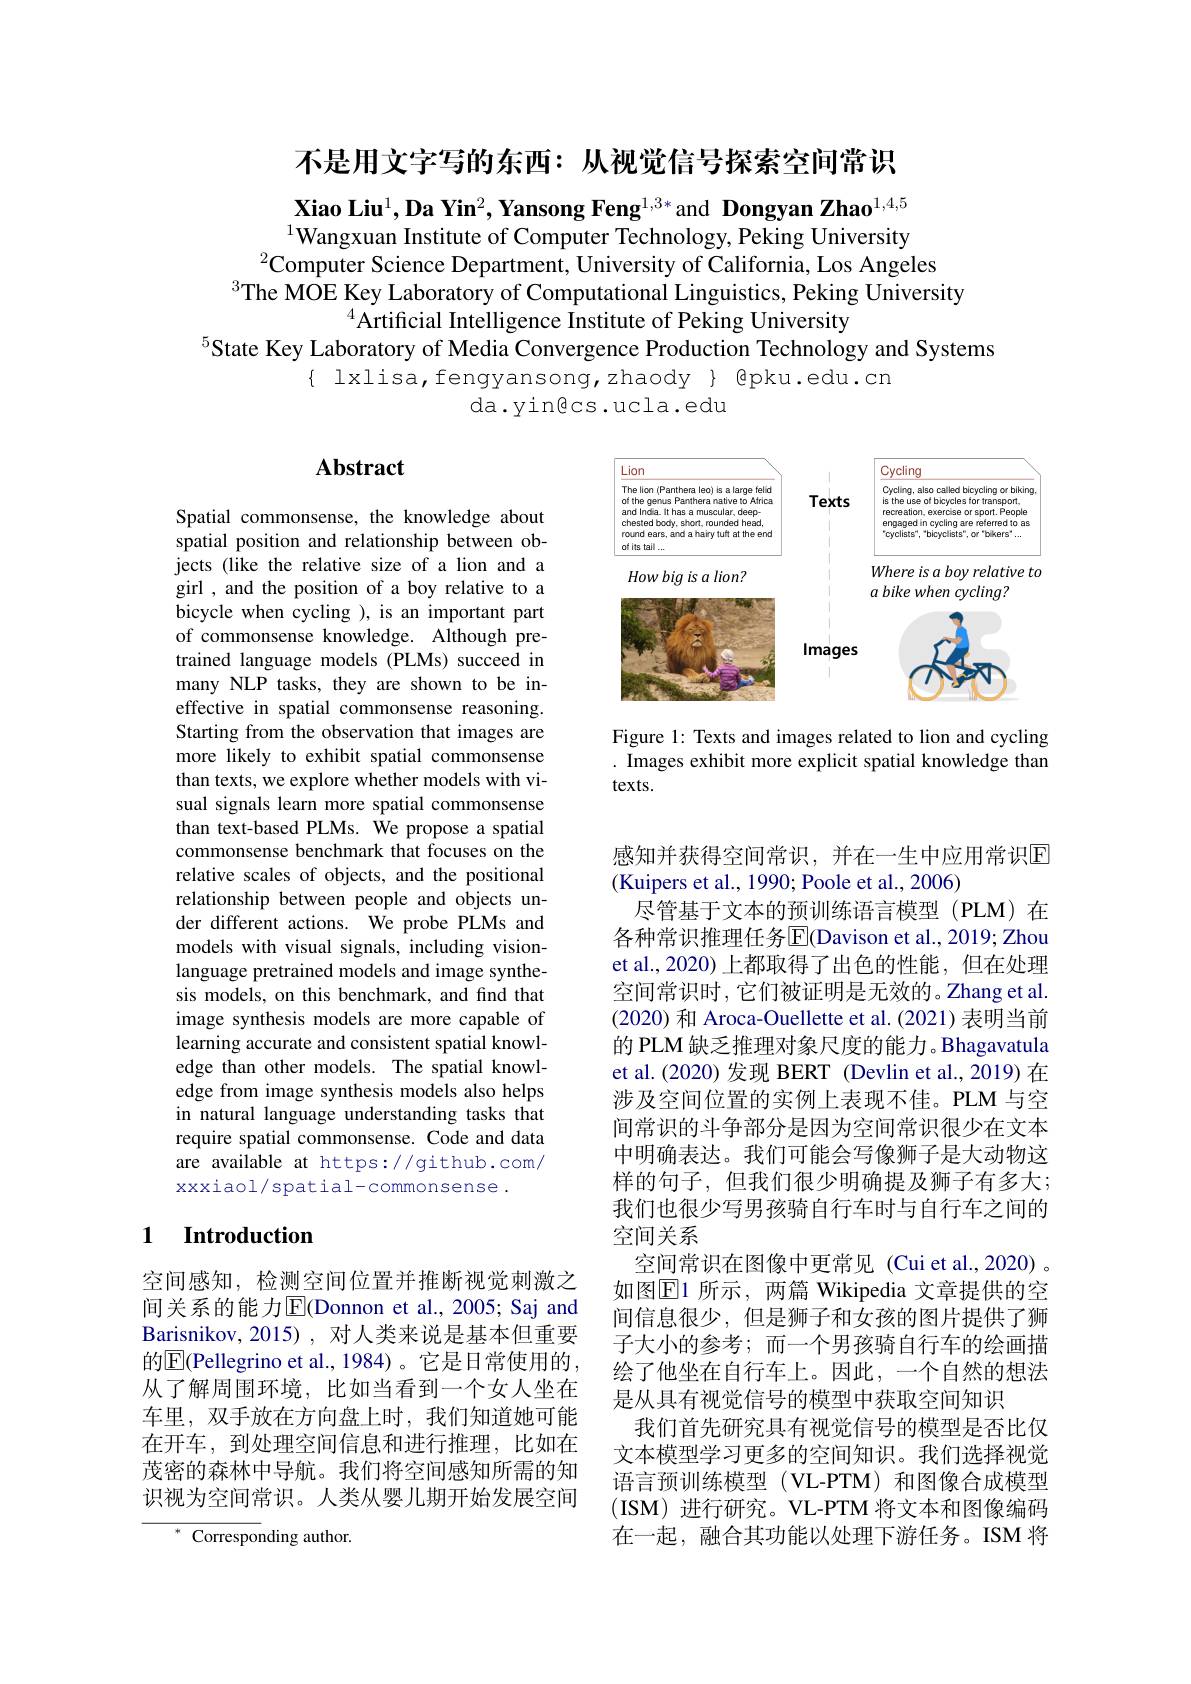
不是用文字写的东西：从视觉信号探索空间常识

$\textbf{Xiao Liu}^1,\textbf{Da Yin}^2,\textbf{Yansong Feng}^{1,3*}$ and Dongyan Zhao$^1,4,5$ $^{1}$Wangxuan Institute of Computer Technology, Peking University
$^{2}$Computer Science Department, University of California, Los Angeles
$^{3}$The MOE Key Laboratory of Computational Linguistics, Peking University
$^{4}\dot{\text{Artificial Intelligence Institute of Peking University}}$
$^{5}$State Key Laboratory of Media Convergence Production Technology and Systems
$\{$ lxlisa,fengyansong,zhaody $\}$ @pku.edu.cn
da.yingcs.ucla.edu

## Abstract

<FigureHere>

Figure 1: Texts and images related to lion and cycling . Images exhibit more explicit spatial knowledge than $texts.$

Spatial commonsense, the knowledge about spatial position and relationship between objects (like the relative size of a lion and a girl , and the position of a boy relative to a bicycle when cycling ), is an important part of commonsense knowledge. Although pretrained language models (PLMs) succeed in many NLP tasks, they are shown to be ineffective in spatial commonsense reasoning. Starting from the observation that images are more likely to exhibit spatial commonsense than texts, we explore whether models with visual signals learn more spatial commonsense than text-based PLMs. We propose a spatial commonsense benchmark that focuses on the relative scales of objects, and the positional relationship between people and objects under different actions. We probe PLMs and models with visual signals, including visionlanguage pretrained models and image synthesis models, on this benchmark, and find that image synthesis models are more capable of learning accurate and consistent spatial knowledge than other models. The spatial knowledge from image synthesis models also helps in natural language understanding tasks that require spatial commonsense. Code and data are available at https://github.com/ xxxiaol/spatial-commonsense.

感知并获得空间常识，并在一生中应用常识回
(Kuipers et al., 1990; Poole et al., 2006)
尽管基于文本的预训练语言模型(PLM)在各种常识推理任务$\overline{\mathrm{E}}($Davison et al., 2019; Zhou et al.,2020) 上都取得了出色的性能，但在处理空间常识时，它们被证明是无效的。Zhang et al. (2020) 和 Aroca-Ouellette et al. (2021) 表明当前的 PLM 缺乏推理对象尺度的能力。Bhagavatula et al.(2020)发现 BERT (Devlin et al., 2019) 在涉及空间位置的实例上表现不佳。PLM 与空间常识的斗争部分是因为空间常识很少在文本中明确表达。我们可能会写像狮子是大动物这样的句子，但我们很少明确提及狮子有多大； 我们也很少写男孩骑自行车时与自行车之间的空间关系
空间常识在图像中更常见 (Cui et al.,2020) 。如图$\overline{\mathrm{E}}$1 所示，两篇 Wikipedia 文章提供的空间信息很少，但是狮子和女孩的图片提供了狮子大小的参考；而一个男孩骑自行车的绘画描绘了他坐在自行车上。因此，一个自然的想法是从具有视觉信号的模型中获取空间知识
我们首先研究具有视觉信号的模型是否比仅文本模型学习更多的空间知识。我们选择视觉语言预训练模型(VL-PTM)和图像合成模型(ISM)进行研究。VL-PTM 将文本和图像编码在一起，融合其功能以处理下游任务。ISM 将

## 1 Introduction

空间感知，检测空间位置并推断视觉刺激之间关系的能力E(Donnon et al., 2005; Saj and Barisnikov, 2015), 对人类来说是基本但重要的$\overline{\mathrm{E}}$(Pellegrino et al., 1984)。它是日常使用的， 从了解周围环境，比如当看到一个女人坐在车里，双手放在方向盘上时，我们知道她可能在开车，到处理空间信息和进行推理，比如在茂密的森林中导航。我们将空间感知所需的知识视为空间常识。人类从婴儿期开始发展空间

${^{*}{\mathrm{~Corresponding~author.}}}$